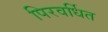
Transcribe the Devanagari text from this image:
पिरवर्धित